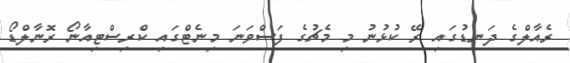
ރެއާލްގެ ދަނޑުގައި ރޭ ކުޅުނު މި މެޗުގެ ފަސްވަނަ މިނެޓްގައި ކްރިސްޓިއާނޯ ރޮނާލްޑޯ